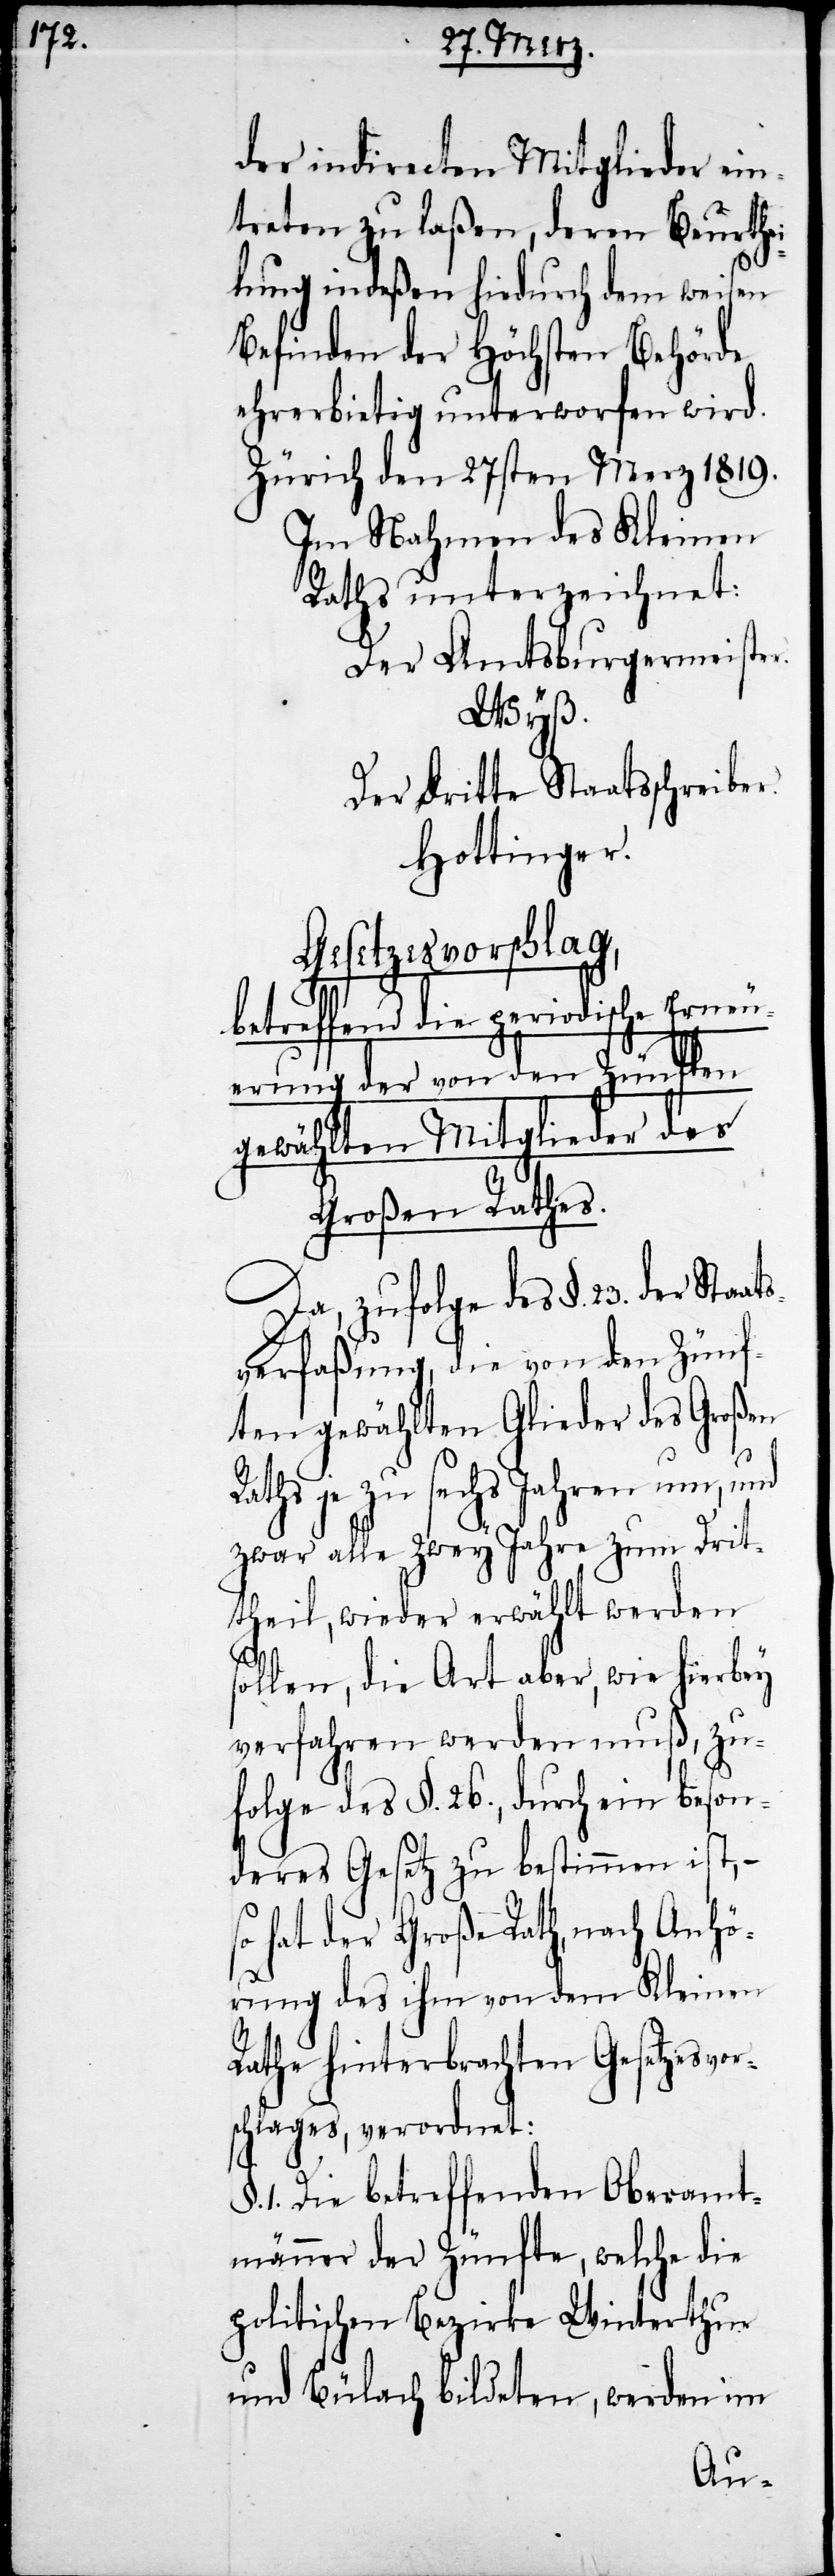
der indirecten Mitglieder ein¬
treten zu laßen, deren Beurthe¬
ilung indeßen hiedurch dem weisen
Befinden der Höchsten Behörde
ehrerbietig unterworfen wird.
Zürich den 27sten Merz 1819.
Im Nahmen des Kleinen
Raths unterzeichnet:
Der Amtsburgermeister.
Wyß.
Der dritte Staatsschreiber.
Hottinger.
Gesetzesvorschlag,
betreffend die periodische Erneuerung
gewählten Mitglieder des
Großen Rathes.
Da, zufolge des §. 23. der St¬
verfaßung, die von den Zünf¬
ten gewählten Glieder des Großen
Raths je zu sechs Jahren um, und
zwar alle zwey Jahre zum Drit¬
theil, wieder erwählt werden
sollen, die Art aber, wie hierbey
verfahren werden muß, zu¬
folge des §. 26., durch ein beson¬
deres Gesetz zu bestimmen ist, –
so hat der Große Rath, nach Anhö¬
rung des ihm von dem Kleinen
Rathe hinterbrachten Gesetzesvor¬
schlages, verordnet:
1. Die betreffenden Oberamt¬
männer der Zünfte, welche die
politischen Bezirke Winterthur
und Bülach bildeten, werden im
aats¬